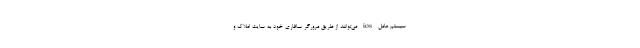
سیستم عامل ios می‌توانند از طریق مرورگر سافاری خود به سایت املاک و